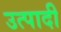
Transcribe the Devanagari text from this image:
उत्पादी